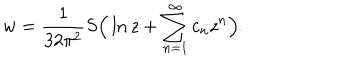
LaTeX: w = \frac { 1 } { 3 2 \pi ^ { 2 } } S \Big ( \ln z + \sum _ { n = 1 } ^ { \infty } c _ { n } z ^ { n } \Big ) .